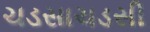
ચડસાચડસી